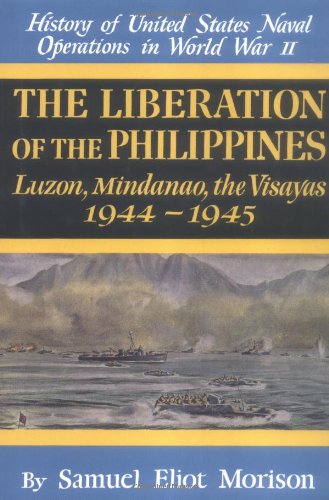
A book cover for The Liberation of the Philippines: Luzon, Mindanao, the Visayas 1944-1945 (History of United States Naval Operations in World War II); Samuel Eliot Morison; History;